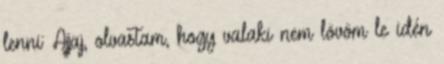
lenni: Ajjaj, olvastam, hogy valaki nem lövöm le idén